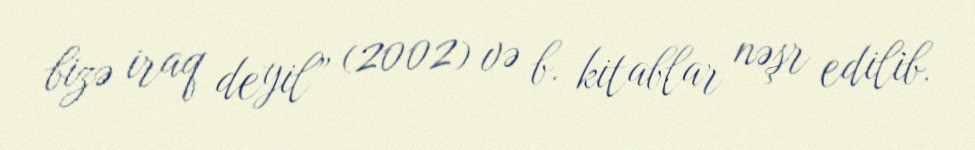
bizə iraq deyil” (2002) və b. kitablar nəşr edilib.